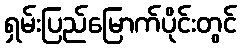
ရှမ်းပြည်မြောက်ပိုင်းတွင်